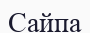
Сайпа